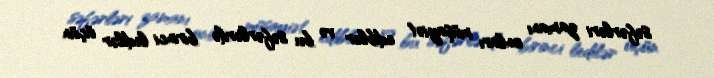
səfərləri zamanı onları müşayiət ediblər və bu səfərlərdə birinci ledilər üçün